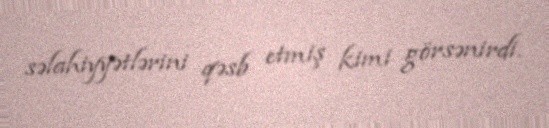
səlahiyyətlərini qəsb etmiş kimi görsənirdi.